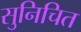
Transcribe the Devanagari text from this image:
सुनिचित